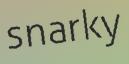
snarky